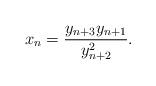
LaTeX: \begin{align*}x_n=\frac{y_{n+3}y_{n+1}}{y_{n+2}^2}. \end{align*}